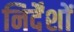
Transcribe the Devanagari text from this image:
निर्देंशों